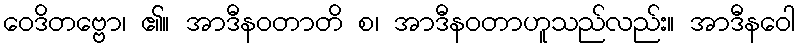
ဝေဒိတဗ္ဗော၊ ၏။ အာဒီနဝတာတိ စ၊ အာဒီနဝတာဟူသည်လည်း။ အာဒီနဝေါ